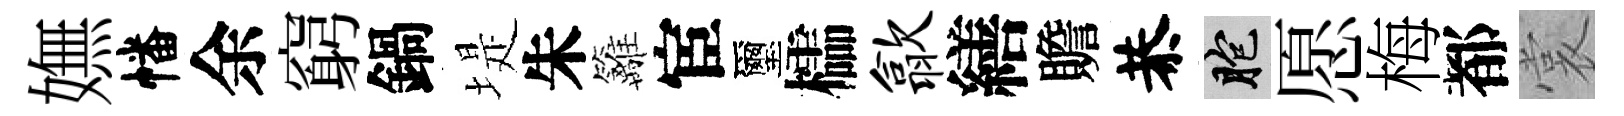
嫵幡余窮鍋堤朱籬宦璽櫺歙繕贍恭胞愿梅都裳